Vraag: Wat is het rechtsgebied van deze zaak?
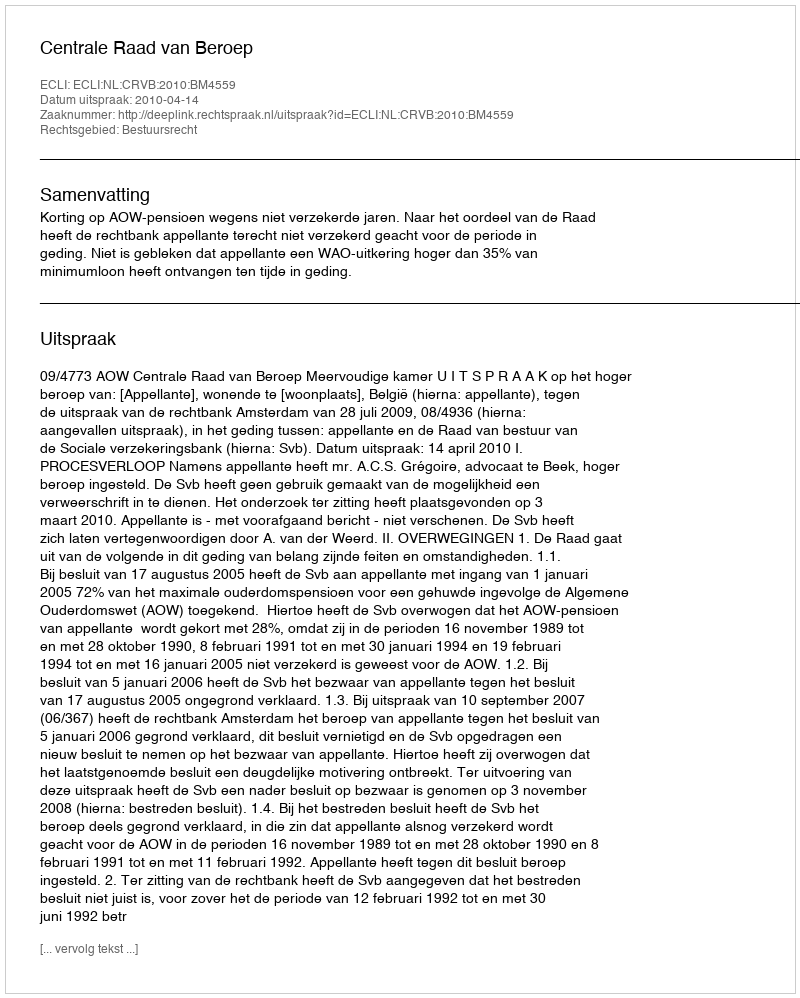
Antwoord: Bestuursrecht